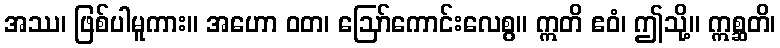
အဿ၊ ဖြစ်ပါမူကား။ အဟော ဝတ၊ ဩော်ကောင်းလေစွ။ ဣတိ ဧဝံ၊ ဤသို့။ ဣစ္ဆတိ၊